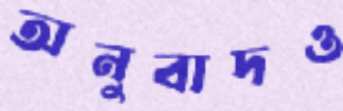
অনুবাদও